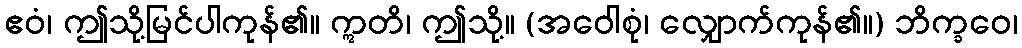
ဧဝံ၊ ဤသို့မြင်ပါကုန်၏။ ဣတိ၊ ဤသို့။ (အဝေါစုံ၊ လျှောက်ကုန်၏။) ဘိက္ခဝေ၊